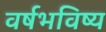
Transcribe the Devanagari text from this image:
वर्षभविष्य